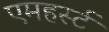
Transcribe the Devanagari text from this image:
एमहर्स्‍ट